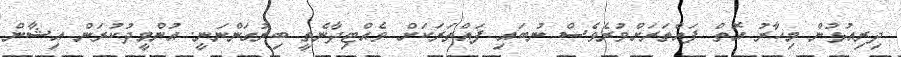
ދިރިއުޅުން މިހާރު އޮތް ފައްތަރަށްވުރެވެސް ނުބައި ފައްތަރަކަށް ވެއްޓިދާނެތީ ބިރުގަންނަނީ. އުންމީދުކުރަން އިޝާން